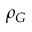
\rho _ { G }